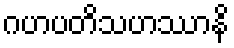
ဂဟပတိသဟဿာနိ